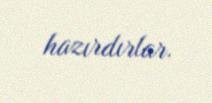
hazırdırlar.